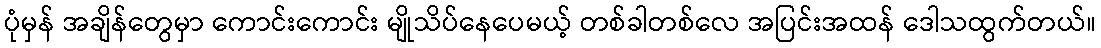
ပုံမှန် အချိန်တွေမှာ ကောင်းကောင်း မျိုသိပ်နေပေမယ့် တစ်ခါတစ်လေ အပြင်းအထန် ဒေါသထွက်တယ်။